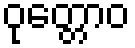
ဝုတ္တောဝ